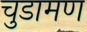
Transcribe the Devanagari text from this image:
चुडामण